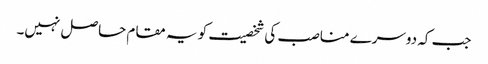
جب کہ دوسرے مناصب کی شخصیت کو یہ مقام حاصل نہیں۔